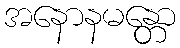
အနောနမန္တော